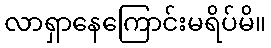
လာရှာနေကြောင်းမရိပ်မိ။